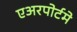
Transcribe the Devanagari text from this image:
एअरपोर्टमे